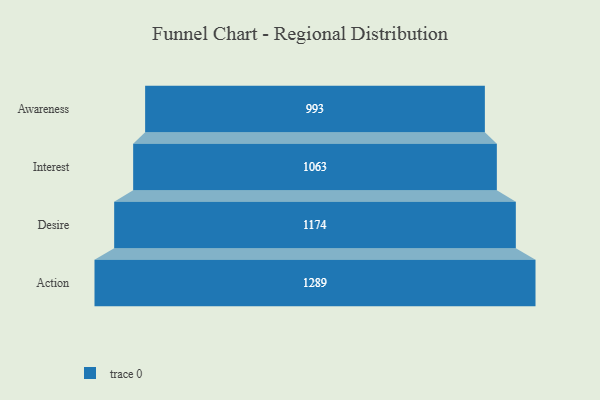
{"axis": {"x": "Stage", "y": "Value"}, "legend": [""], "data": [{"x": "Awareness", "y": 993.0, "type": ""}, {"x": "Interest", "y": 1063.0, "type": ""}, {"x": "Desire", "y": 1174.0, "type": ""}, {"x": "Action", "y": 1289.0, "type": ""}]}